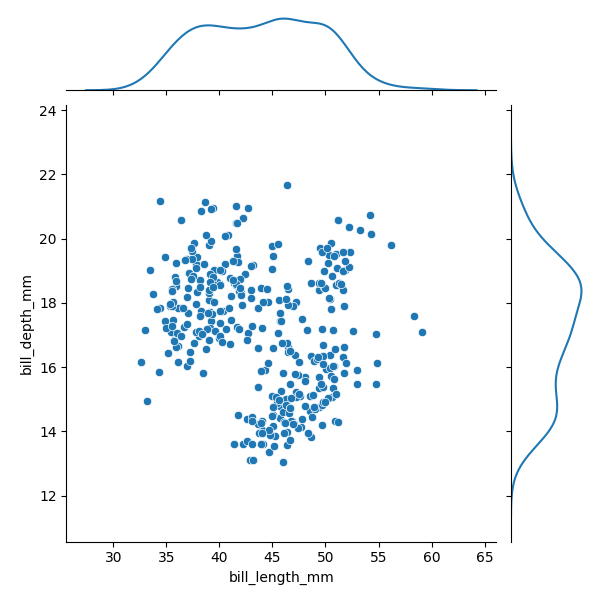
python, seaborn, JointGrid, scatterplot, kdeplot